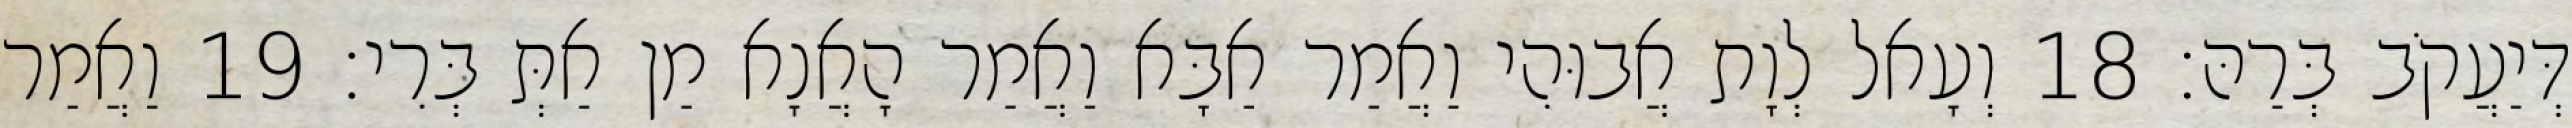
דְּיַעֲקֹב בְּרַהּ׃ 18 וְעָאל לְוָת אֲבוּהִי וַאֲמַר אַבָּא וַאֲמַר הָאֲנָא מַן אַתְּ בְּרִי׃ 19 וַאֲמַר